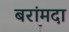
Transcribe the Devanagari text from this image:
बरांमदा